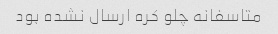
متاسفانه چلو کره ارسال نشده بود